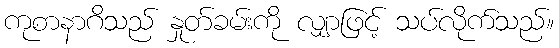
ကုစာနာဂိသည် နှုတ်ခမ်းကို လျှာဖြင့် သပ်လိုက်သည်။